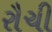
રૌચી